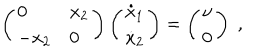
LaTeX: \left( \begin{array} { l l } { { 0 } } & { { x _ { 2 } } } \\ { { - x _ { 2 } } } & { { 0 } } \\ \end{array} \right) \left( \begin{array} { l } { { \dot { x } _ { 1 } } } \\ { { \dot { x } _ { 2 } } } \\ \end{array} \right) = \left( \begin{array} { l } { { \nu } } \\ { { 0 } } \\ \end{array} \right) \; ,